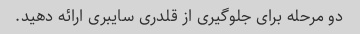
دو مرحله برای جلوگیری از قلدری سایبری ارائه دهید.